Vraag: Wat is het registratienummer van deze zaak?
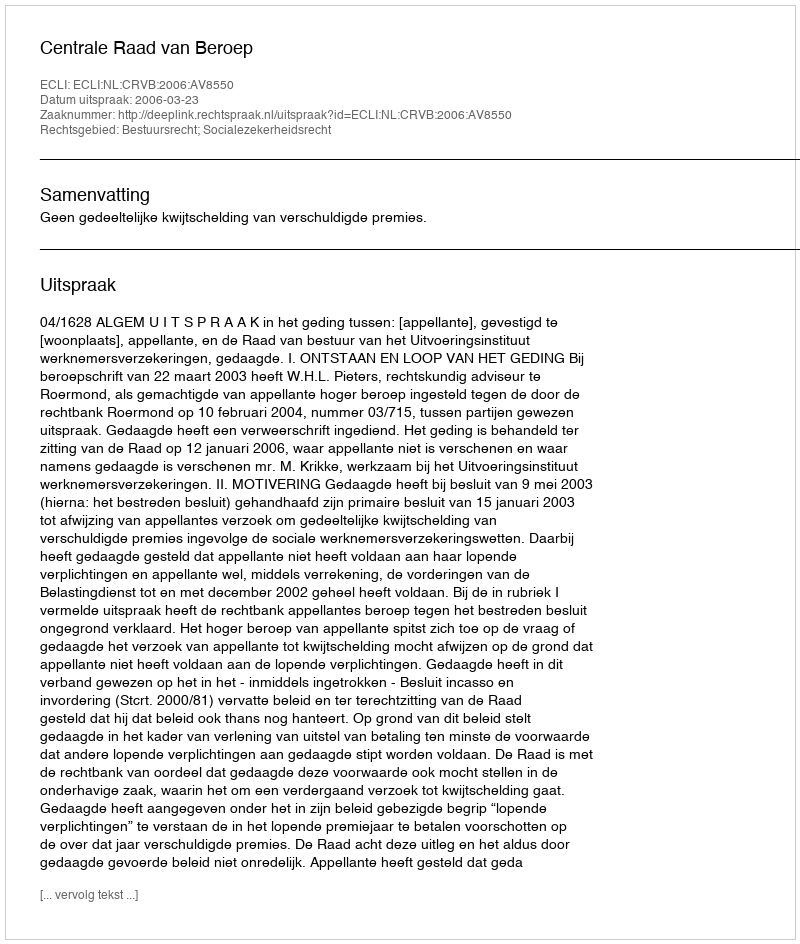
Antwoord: http://deeplink.rechtspraak.nl/uitspraak?id=ECLI:NL:CRVB:2006:AV8550